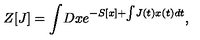
Z [ J ] = \int \! D x e ^ { - S [ x ] + \int \! J ( t ) x ( t ) d t } ,